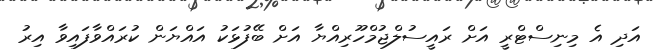
އަދި އެ މިނިސްޓްރީ އަށް ރައީސުލްޖުމްހޫރިއްޔާ އަށް ބޭފުޅަކު އައްޔަން ކުރައްވާފައިވާ އިރު